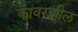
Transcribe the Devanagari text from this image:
कावरझील